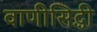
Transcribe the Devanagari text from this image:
वाणीसिद्धी